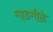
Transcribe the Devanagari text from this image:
गाडगीळे